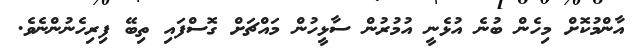
އާންމުކޮށް މިހެން ބުނެ އުޅެނީ އުމުރުން ސާޅީހުން މައްޗަށް ގޮސްފައި ތިބޭ ފިރިހެނުންނެވެ.